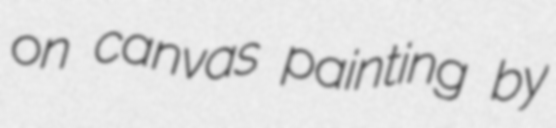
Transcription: on canvas painting by